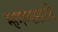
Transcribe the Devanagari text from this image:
म्हणण्यासारखे